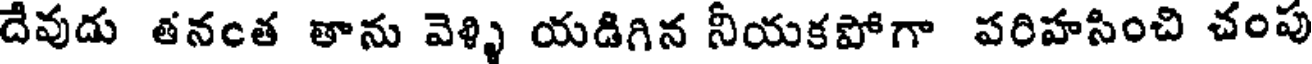
దేవుడు తనంత తాను వెళ్ళి యడిగిన నీయకపోగా పరిహసించి చంపు